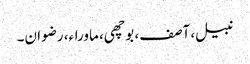
نبیل، آصف، بوچھی، ماوراء، رضوان۔